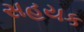
સહયક